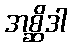
အစ္ဆိဒါ